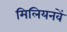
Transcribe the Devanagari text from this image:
मिलियनवें